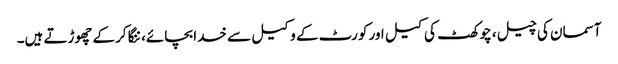
آسمان کی چیل، چوکھٹ کی کیل اور کورٹ کے وکیل سے خدا بچائے، ننگا کرکے چھوڑتے ہیں۔